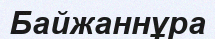
Байжаннұра